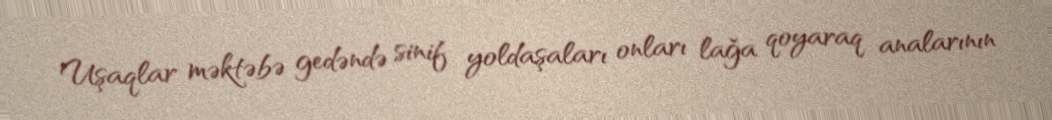
Uşaqlar məktəbə gedəndə sinif yoldaşaları onları lağa qoyaraq analarının